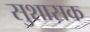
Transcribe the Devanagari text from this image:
सुशासक